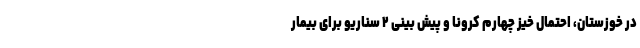
در خوزستان، احتمال خیز چهارم کرونا و پیش بینی ۲ سناریو برای بیمار